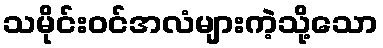
သမိုင်းဝင်အလံများကဲ့သို့သော